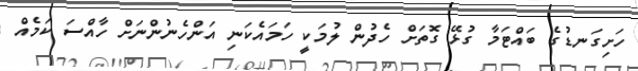
ހަށިގަނޑުގެ ބައްޓަމާ ގުޅޭ ގޮތަށް ހެދުން ލުމަކީ ހަމައެކަނި އަންހެނުންނަށް ހާއްސަ ކަމެއް